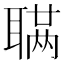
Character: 𫆊